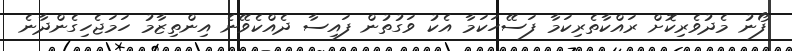
ފޯނު މެދުވެރިކޮށް ރައްކާތެރިކަމާ ފަސޭހަކަމާ އެކު ވަގުތުން ފައިސާ ދެއްކެވޭނެ އިންތިޒާމު ހަމަޖެހިގެންދާނެ